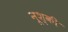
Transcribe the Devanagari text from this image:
नूश्की